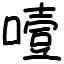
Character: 噎